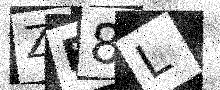
Text: ZE8L